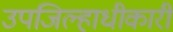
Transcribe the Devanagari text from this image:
उपजिल्हाधीकारी